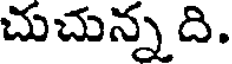
చుచున్న ది.